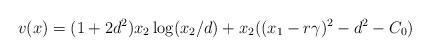
\begin{align*}v(x)=(1+2d^2) x_2 \log (x_2/d) + x_2 ((x_1-r\gamma)^2-d^2-C_0)\end{align*}